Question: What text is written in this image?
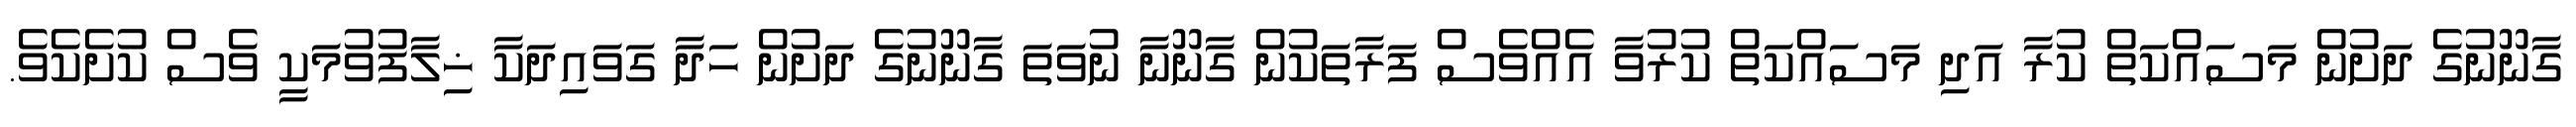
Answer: ގާނޫނުގެ ދަށުން މަސައްކަތް ކުރާ އަދި މަސައްކަތް ކުރުވާ އެއްވެސް ފަރާތަކުން ގާނޫނާ ނުވަތަ ގާނޫނުގެ ދަށުން ހަދާ ގަވައިދަކާ ޚިލާފުވުމަކީ ވެސް ކުށެކެވެ.